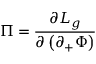
\Pi = { \frac { \partial { \cal L } _ { g } } { \partial \left( \partial _ { + } \Phi \right) } }